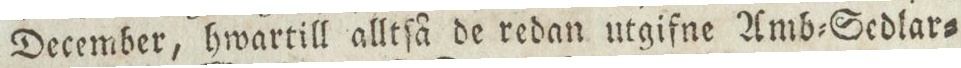
December, hwartill alltſå de redan utgifne Amb=Sedlar=